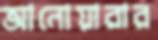
আনোয়ারার